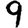
Digit: 9